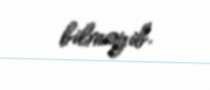
bilməyib.